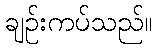
ချဉ်းကပ်သည်။